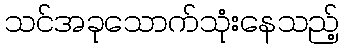
သင်အခုသောက်သုံးနေသည့်